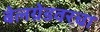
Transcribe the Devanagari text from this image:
बेलग्रेडवरचा